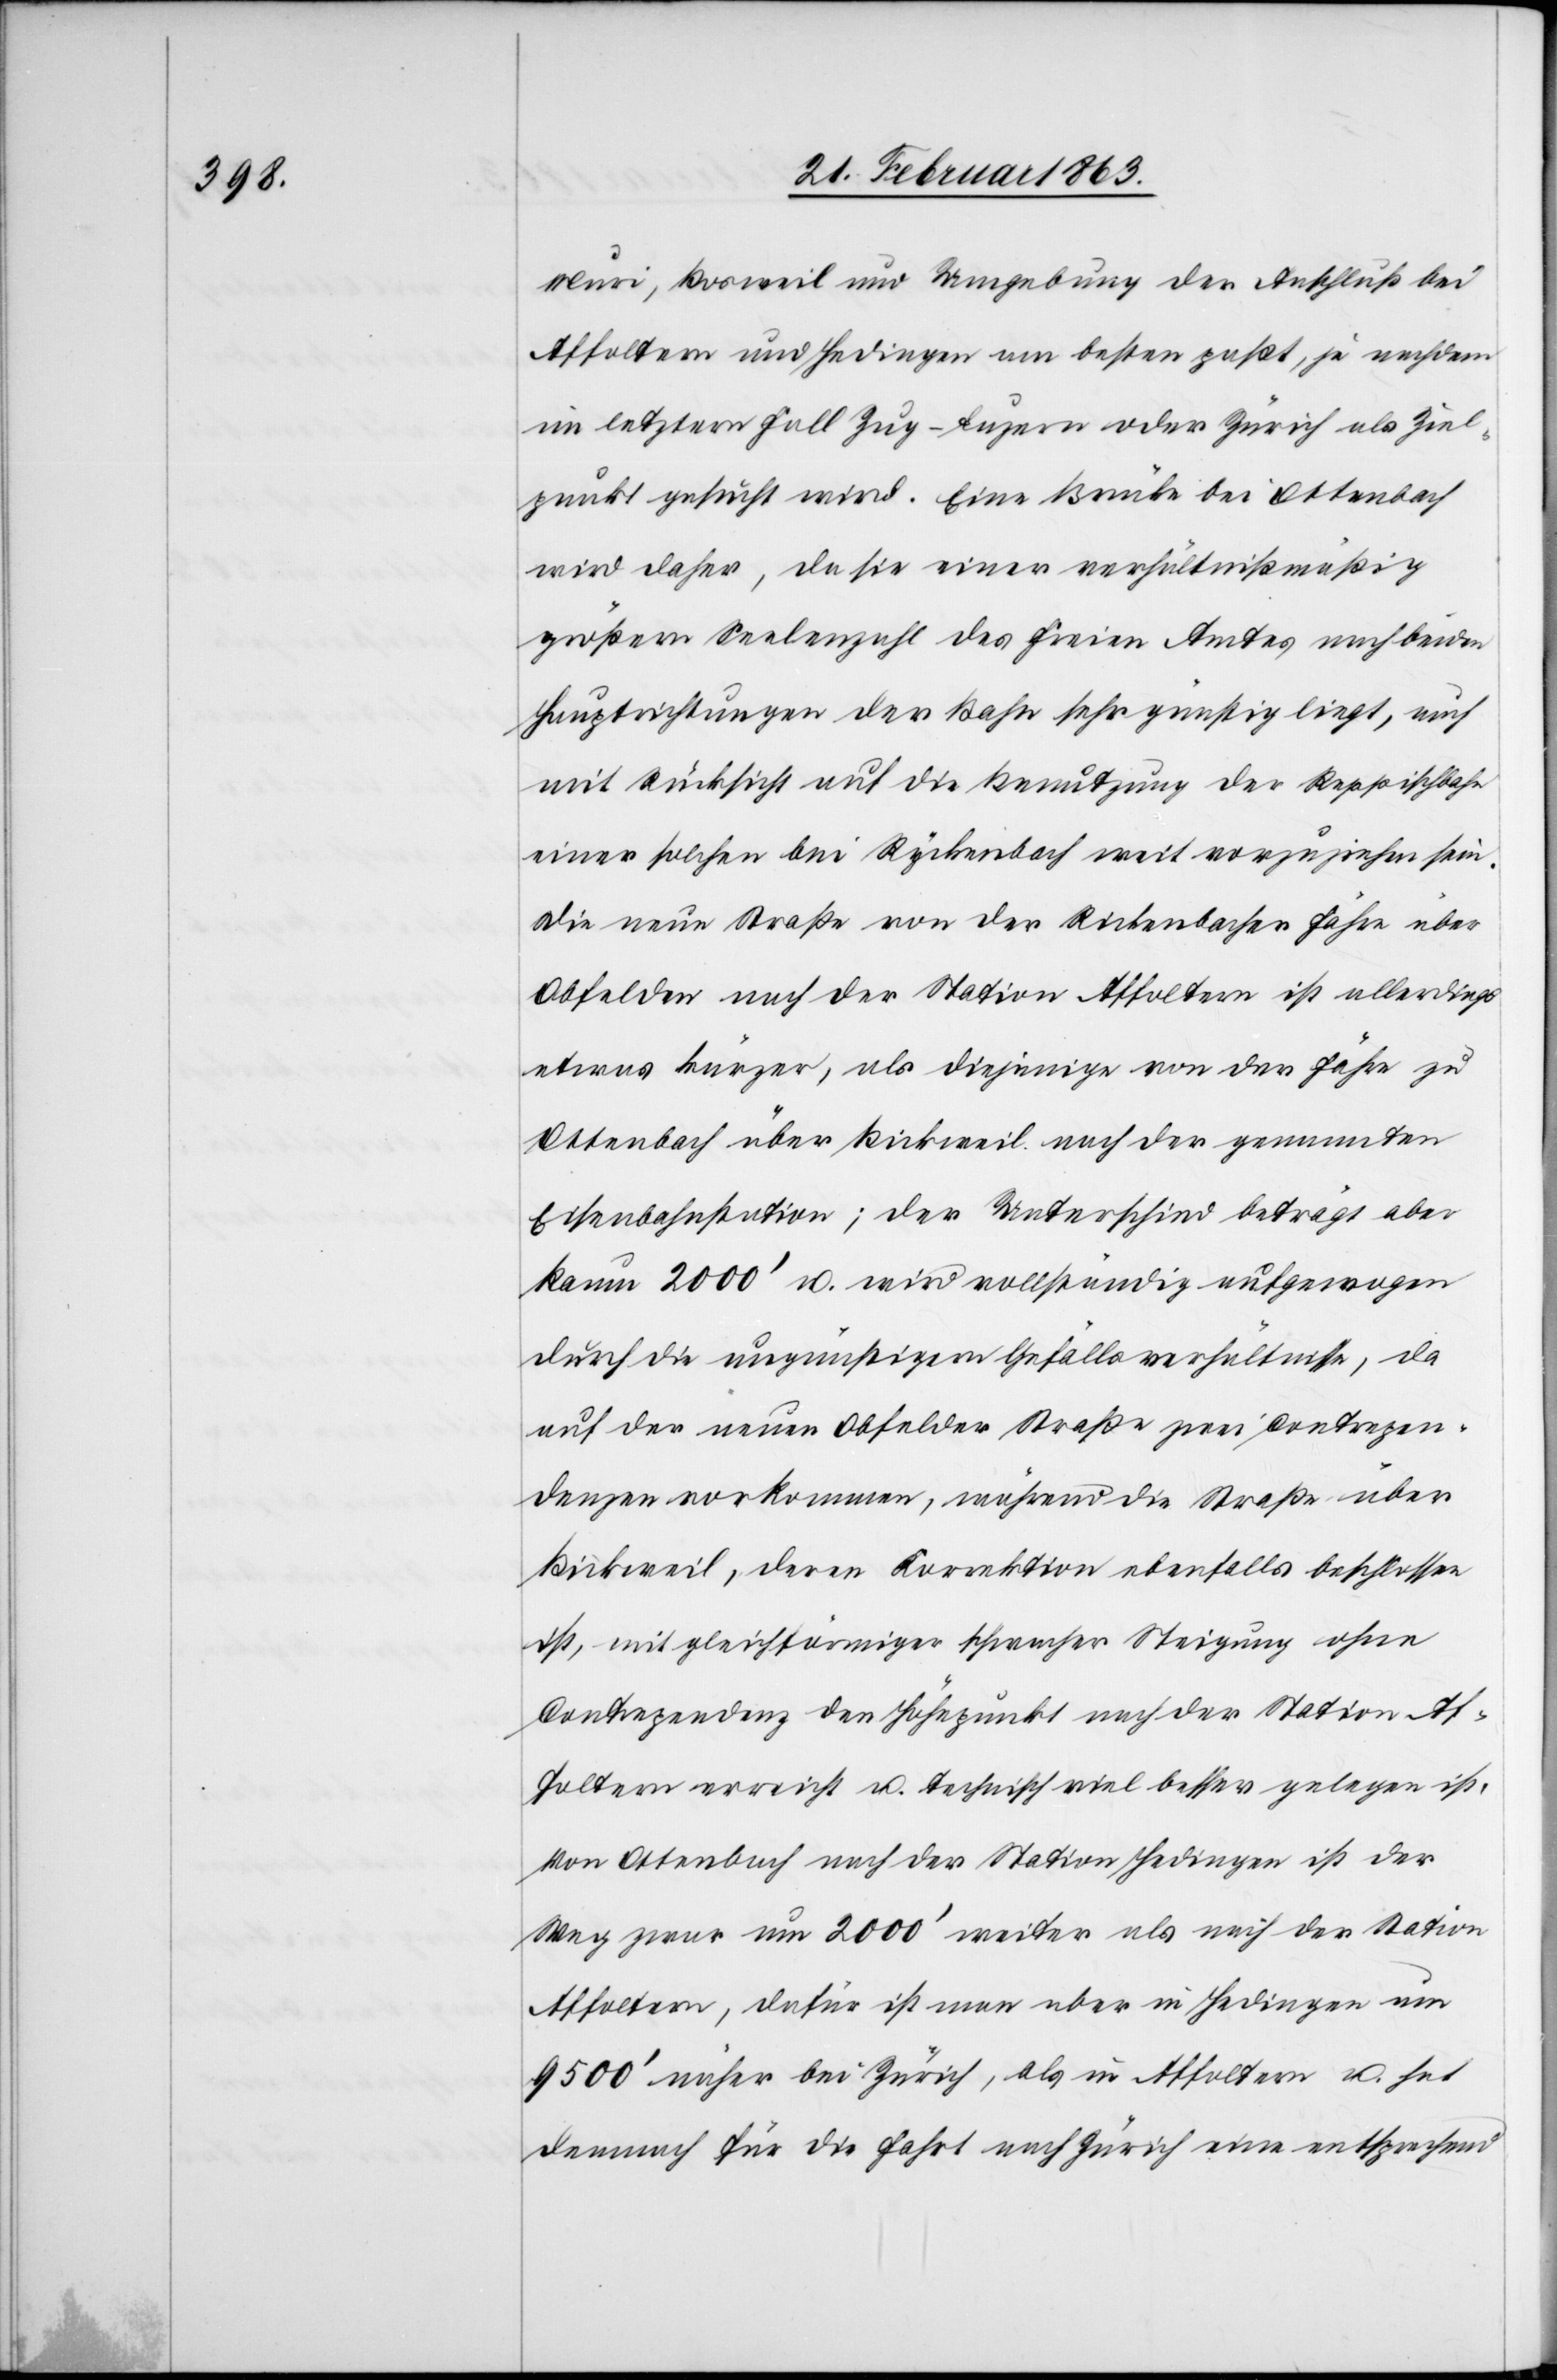
Muri, Bosweil und Umgebung der Anschluß bei
Affoltern und Hedingen am besten paßt, je nachdem
im letztern Fall Zug–Luzern oder Zürich als Ziel¬
punkt gesucht wird. Eine Brücke bei Ottenbach
wird daher, da sie einer verhältnißmäßig
größern Seelenzahl des Freien Amtes nach beiden
Hauptrichtungen der Bahn sehr günstig liegt, auch
mit Rücksicht auf die Benutzung der Reppischbahn
einer solchen bei Ryckenbach weit vorzuziehen sein.
Die neue Straße von der Rickenbacher Fähre über
Obfelden nach der Station Affoltern ist allerdings
etwas kürzer, als diejenige von der Fähre zu
Ottenbach über Bickweil nach der genannten
Eisenbahnstation; der Unterschied beträgt aber
kaum 2000' u. wird vollständig aufgewogen
durch die ungünstigern Gefällsverhältnisse, da
auf der neuen Obfelder Straße zwei Contrapen¬
denzen vorkommen, während die Straße über
Bickweil, deren Korrektion ebenfalls beschlossen
ist, mit gleichförmiger schwacher Steigung ohne
Contrapendenz den Höhepunkt nach der Station Aff¬
oltern erreicht u. technisch viel besser gelegen ist.
Von Ottenbach nach der Station Hedingen ist der
Weg zwar um 2000' weiter als nach der Station
Affoltern, dafür ist man aber in Hedingen um
9500' näher bei Zürich, als in Affoltern u. hat
demnach für die Fahrt nach Zürich eine entsprechend